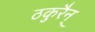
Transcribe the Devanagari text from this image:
ठकुरैन्